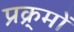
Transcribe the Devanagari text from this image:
प्रक्र्मों